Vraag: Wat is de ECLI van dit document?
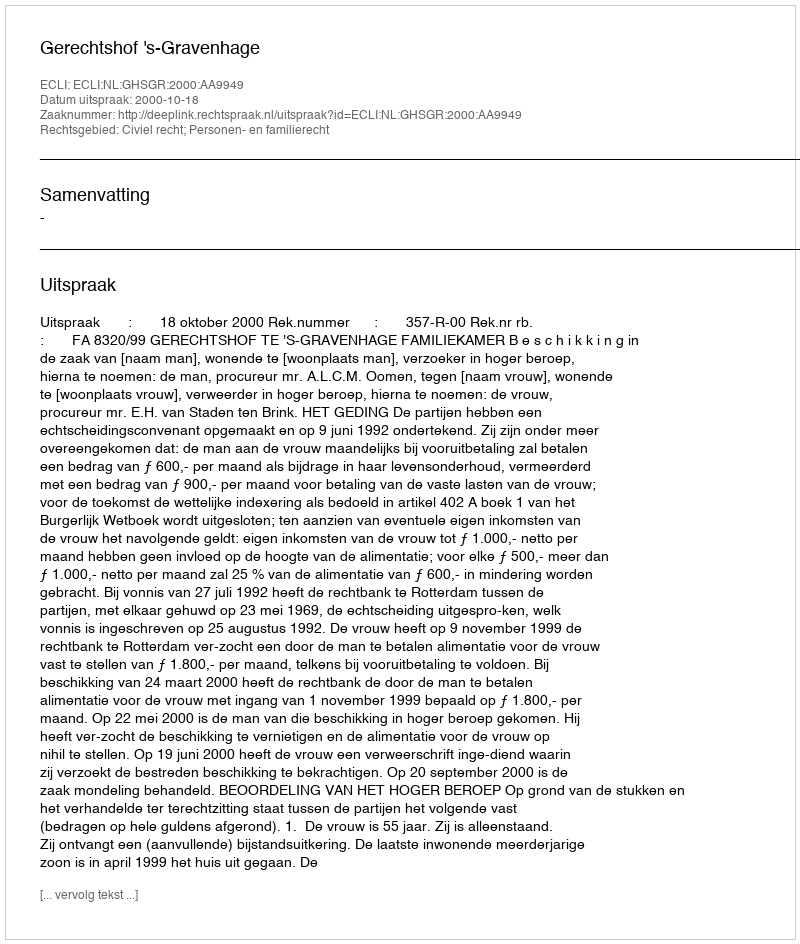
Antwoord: ECLI:NL:GHSGR:2000:AA9949